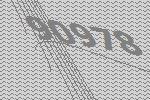
90978